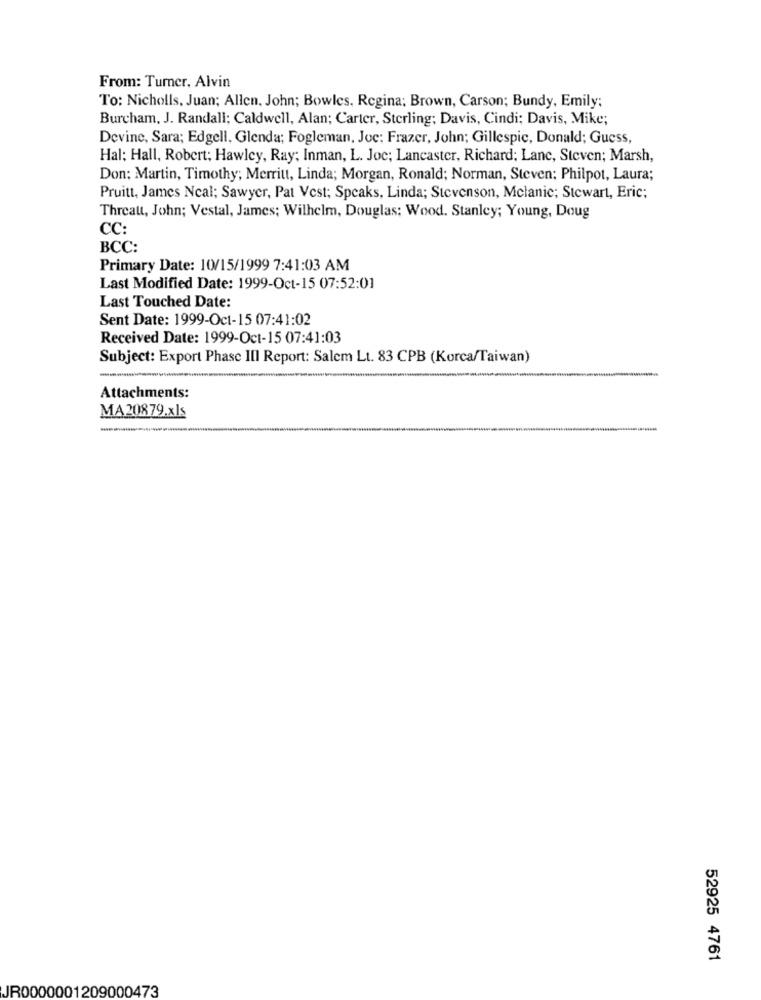
From: Turner, Alvin
To: Nicholls. Juan; Allen. John; Bowles, Regina; Brown, Carson; Bundy, Emily;
Burcham, J. Randall; Caldwell, Alan; Carter, Sterling; Davis, Cindi; Davis, Mike;
Devine, Sara; Edgell, Glenda; Fogleman, Joc: Frazer, John; Gillespic, Donald; Guess,
Hal: Hall, Robert; Hawley, Ray; Inman, L. Joc; Lancaster, Richard; Lanc, Steven; Marsh,
Don: Martin, Timothy; Merritt, Linda; Morgan, Ronald; Norman, Steven; Philpot, Laura;
Pruitt, James Ncal; Sawyer, Pat Vest; Speaks, Linda; Stevenson, Melanie; Stewart, Eric;
Threatt, John; Vestal, James; Wilhelm, Douglas; Wood. Stanley; Young, Doug
CC:
BCC:
Primary Date: 10/15/1999 7:41:03 AM
Last Modified Date: 1999-Oct-15 07:52:01
Last Touched Date:
Sent Date: 1999-Oct-15 07:41:02
Received Date: 1999-Oct-15 07:41:03
Subject: Export Phase III Report: Salem Lt. 83 CPB (Korca/Taiwan)
Attachments:
MA 20879.xls
52925 4761
JR0000001209000473